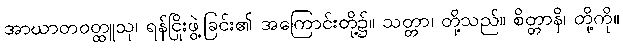
အာဃာတဝတ္ထူသု၊ ရန်ငြိုးဖွဲ့ခြင်း၏ အကြောင်းတို့၌။ သတ္တာ၊ တို့သည်။ စိတ္တာနိ၊ တို့ကို။